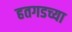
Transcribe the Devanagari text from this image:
हतगडच्या